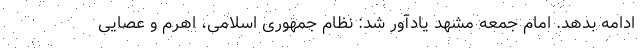
ادامه بدهد. امام جمعه مشهد یادآور شد: نظام جمهوری اسلامی، اهرم و عصایی